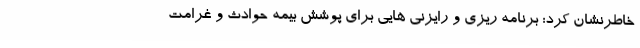
خاطرنشان کرد: برنامه ریزی و رایزنی هایی برای پوشش بیمه حوادث و غرامت